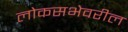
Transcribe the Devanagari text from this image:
लोकसभेवरील